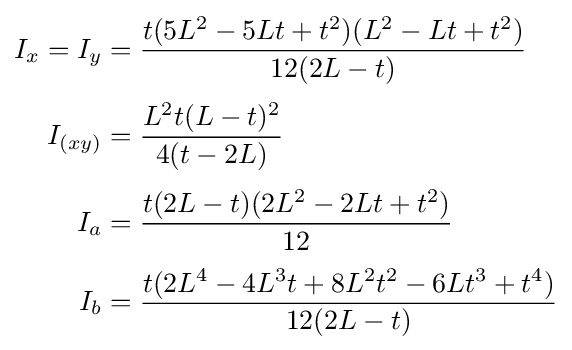
{\begin{aligned}I_{x}=I_{y}&={\frac {t(5L^{2}-5Lt+t^{2})(L^{2}-Lt+t^{2})}{12(2L-t)}}\\[3pt]I_{(xy)}&={\frac {L^{2}t(L-t)^{2}}{4(t-2L)}}\\[3pt]I_{a}&={\frac {t(2L-t)(2L^{2}-2Lt+t^{2})}{12}}\\[3pt]I_{b}&={\frac {t(2L^{4}-4L^{3}t+8L^{2}t^{2}-6Lt^{3}+t^{4})}{12(2L-t)}}\end{aligned}}